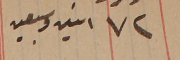
٧٢ اثنين وسبعين